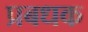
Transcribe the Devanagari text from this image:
प्रबधक